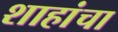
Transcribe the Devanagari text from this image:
शाहांचा